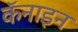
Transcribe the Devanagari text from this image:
कॅनाइन